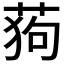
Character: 𮏛